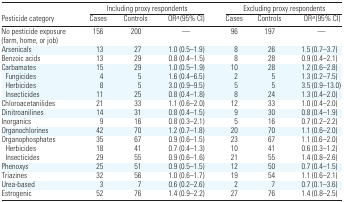
<table><thead><tr><td></td><td colspan="3"><b>Including proxy respondents</b></td><td colspan="3"><b>Excluding proxy respondents</b></td></tr><tr><td><b>Pesticide category</b></td><td><b>Cases</b></td><td><b>Controls</b></td><td><b>OR<i><sup>a</sup></i> (95% CI)</b></td><td><b>Cases</b></td><td><b>Controls</b></td><td><b>OR<i><sup>a</sup></i> (95% CI)</b></td></tr></thead><tbody><tr><td>No pesticide exposure (farm, home, or job)</td><td>156</td><td>200</td><td>—</td><td>96</td><td>197</td><td>—</td></tr><tr><td>Arsenicals</td><td>13</td><td>27</td><td>1.0 (0.5–1.9)</td><td>8</td><td>26</td><td>1.5 (0.7–3.7)</td></tr><tr><td>Benzoic acids</td><td>13</td><td>29</td><td>0.8 (0.4–1.5)</td><td>8</td><td>28</td><td>0.9 (0.4–2.1)</td></tr><tr><td>Carbamates</td><td>15</td><td>29</td><td>1.0 (0.5–1.9)</td><td>10</td><td>28</td><td>1.2 (0.6–2.8)</td></tr><tr><td> Fungicides</td><td>4</td><td>5</td><td>1.6 (0.4–6.5)</td><td>2</td><td>5</td><td>1.3 (0.2–7.5)</td></tr><tr><td> Herbicides</td><td>8</td><td>5</td><td>3.0 (0.9–9.5)</td><td>5</td><td>5</td><td>3.5 (0.9–13.0)</td></tr><tr><td> Insecticides</td><td>11</td><td>25</td><td>0.8 (0.4–1.8)</td><td>8</td><td>24</td><td>1.3 (0.4–2.0)</td></tr><tr><td>Chloroacetanilides</td><td>21</td><td>33</td><td>1.1 (0.6–2.0)</td><td>12</td><td>33</td><td>1.0 (0.4–2.0)</td></tr><tr><td>Dinitroanilines</td><td>14</td><td>31</td><td>0.8 (0.4–1.5)</td><td>9</td><td>30</td><td>0.8 (0.4–1.9)</td></tr><tr><td>Inorganics</td><td>9</td><td>16</td><td>0.8 (0.3–2.1)</td><td>5</td><td>16</td><td>0.7 (0.2–2.2)</td></tr><tr><td>Organochlorines</td><td>42</td><td>70</td><td>1.2 (0.7–1.8)</td><td>20</td><td>70</td><td>1.1 (0.6–2.0)</td></tr><tr><td>Organophosphates</td><td>35</td><td>67</td><td>0.9 (0.6–1.5)</td><td>23</td><td>67</td><td>1.1 (0.6–2.0)</td></tr><tr><td> Herbicides</td><td>18</td><td>41</td><td>0.7 (0.4–1.3)</td><td>10</td><td>41</td><td>0.6 (0.3–1.2)</td></tr><tr><td> Insecticides</td><td>29</td><td>55</td><td>0.9 (0.6–1.6)</td><td>21</td><td>55</td><td>1.4 (0.8–2.6)</td></tr><tr><td>Phenoxys</td><td>25</td><td>51</td><td>0.9 (0.5–1.5)</td><td>12</td><td>50</td><td>0.7 (0.4–1.5)</td></tr><tr><td>Triazines</td><td>32</td><td>56</td><td>1.0 (0.6–1.7)</td><td>19</td><td>54</td><td>1.1 (0.6–2.1)</td></tr><tr><td>Urea-based</td><td>3</td><td>7</td><td>0.6 (0.2–2.6)</td><td>2</td><td>7</td><td>0.7 (0.1–3.6)</td></tr><tr><td>Estrogenic</td><td>52</td><td>76</td><td>1.4 (0.9–2.2)</td><td>27</td><td>76</td><td>1.4 (0.8–2.5)</td></tr></tbody></table>